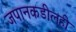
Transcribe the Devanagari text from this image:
जपानकडीलही